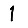
Digit: 1